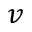
v